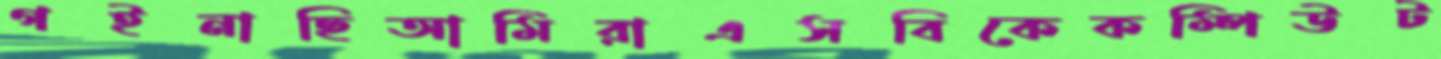
গইনাছিআমিরাএসবিকেকম্পিউট